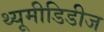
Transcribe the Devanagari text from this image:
थ्यूमीडिडीज